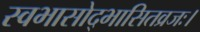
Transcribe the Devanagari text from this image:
स्वभासोद्भासितव्रजः।